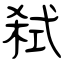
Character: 弑